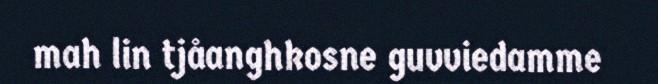
mah lin tjåanghkosne guvviedamme